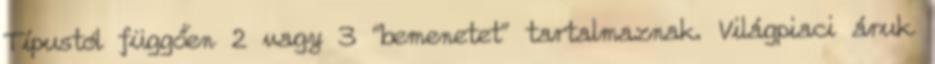
Típustól függően 2 vagy 3 “bemenetet” tartalmaznak. Világpiaci áruk